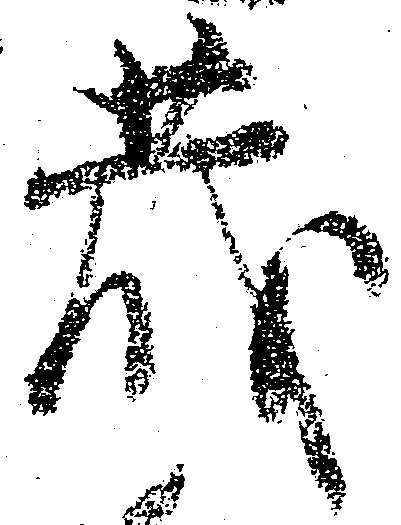
蔵